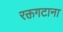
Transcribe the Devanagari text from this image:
रक्तगटाना